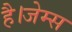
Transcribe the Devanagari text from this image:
है।जेम्स